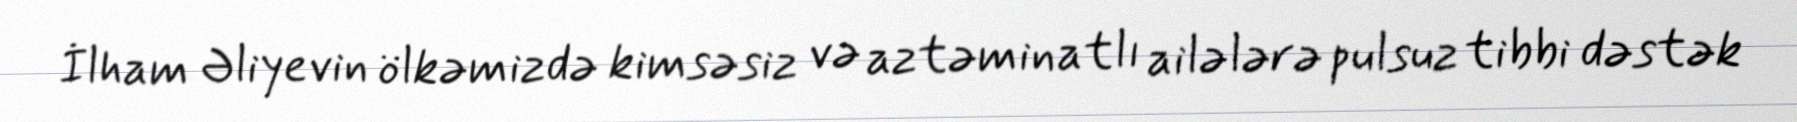
İlham Əliyevin ölkəmizdə kimsəsiz və aztəminatlı ailələrə pulsuz tibbi dəstək